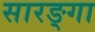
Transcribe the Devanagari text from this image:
सारङ्गा